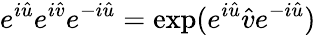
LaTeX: e^{i\hat{u}}e^{i\hat{v}}e^{-i\hat{u}}=\exp(e^{i\hat{u}}\hat{v}e^{-i\hat{u}})